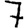
Digit: 7